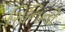
ગિનિની